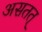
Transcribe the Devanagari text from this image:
असतत्